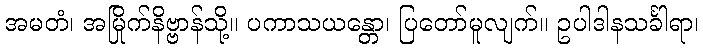
အမတံ၊ အမြိုက်နိဗ္ဗာန်သို့။ ပကာသယန္တော၊ ပြတော်မူလျက်။ ဥပါဒါနသင်္ခါရာ၊